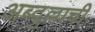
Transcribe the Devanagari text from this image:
अब्दुल्लाची